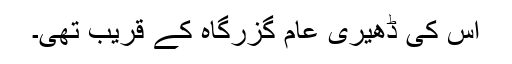
اس کی ڈھیری عام گزرگاہ کے قریب تھی۔